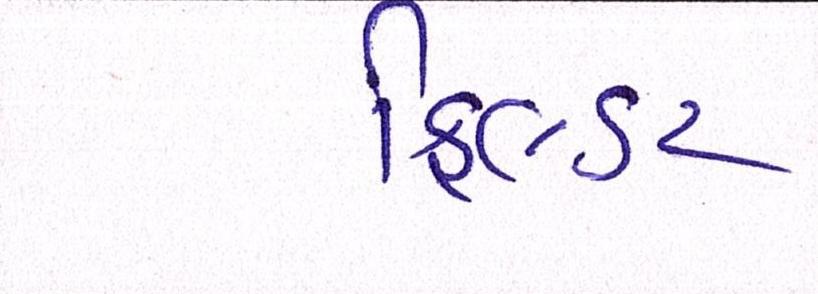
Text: ફિલ્ડર